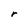
Character: r